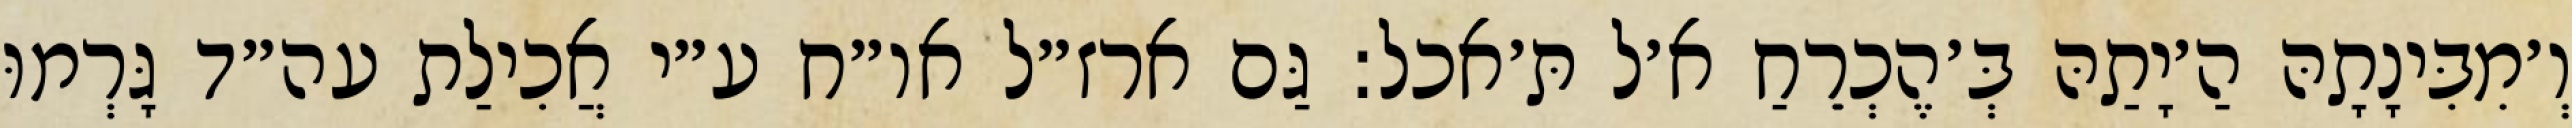
וְ׳מִבִּינָתָהּ הַ׳יָתַהּ בְּ׳הֶכְרֵחַ א׳ל תּ׳אכל: גַּם ארז״ל או״ח ע״י אֲכִילַת עה״ד גָּרְמוּ